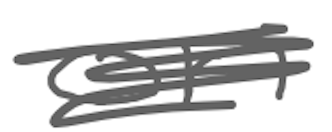
Text: on
Cross-out: mix
Writing tool: digital_gray